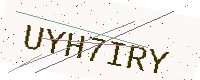
Text: UYH7IRY